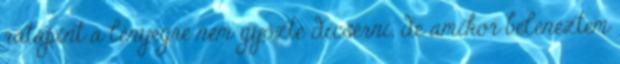
rátapint a lényegre nem győzte dícsérni, de amikor belenéztem